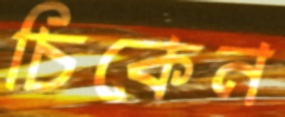
চিকেন